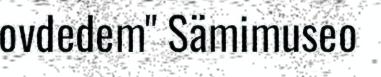
ovdedem" Sämimuseo